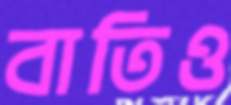
বাতিও